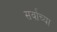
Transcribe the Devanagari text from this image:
सर्वांच्‍या